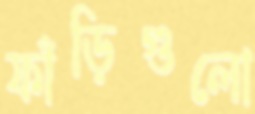
ফাঁড়িগুলো